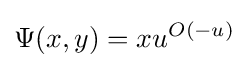
\Psi (x,y)=xu^{O(-u)}